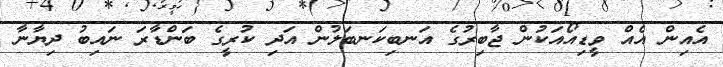
އެއިން އެއް ވީޑިއޯއަކުން ޖާބިރުގެ އަނބިކަނބަލުން އަދި ކުރީގެ ބަންޑާރަ ނައިބު ދިޔާނާ